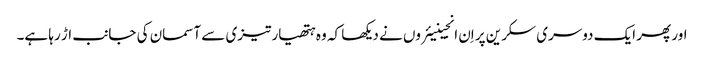
اور پھر ایک دوسری سکرین پر اِن انجینیئروں نے دیکھا کہ وہ ہتھیار تیزی سے آسمان کی جانب اڑ رہا ہے۔